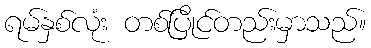
ရမ်နှစ်လုံး တစ်ပြိုင်တည်းမှာသည်။